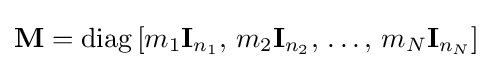
\mathbf {M} =\operatorname {diag} \left[m_{1}\mathbf {I} _{n_{1}},\,m_{2}\mathbf {I} _{n_{2}},\,\ldots ,\,m_{N}\mathbf {I} _{n_{N}}\right]